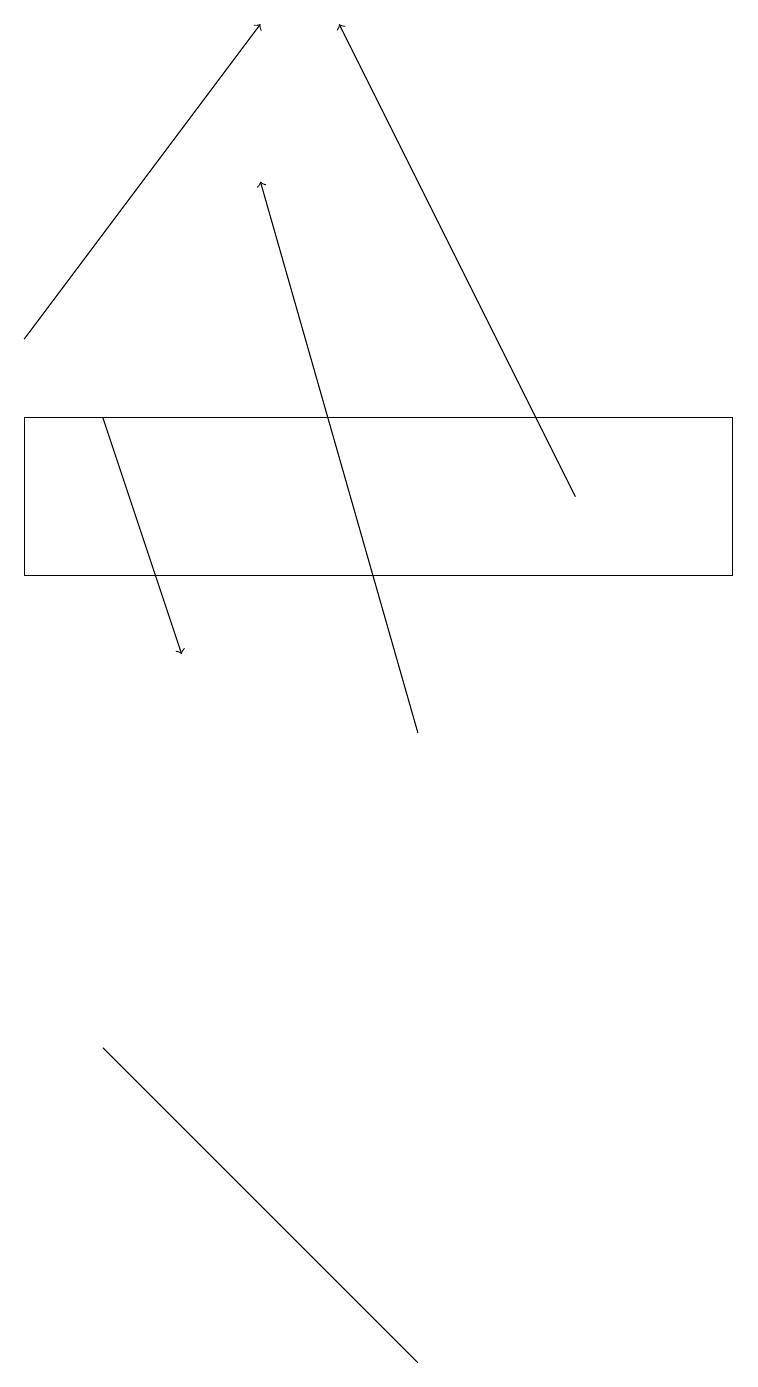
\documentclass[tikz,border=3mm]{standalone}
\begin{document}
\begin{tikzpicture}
\draw (0,12) rectangle (9,14);
\draw[->] (1,14) -- (2,11);
\draw (3,4) -- (5,2) -- (1,6) -- cycle;
\draw[->] (5,10) -- (3,17);
\draw[->] (7,13) -- (4,19);
\draw[->] (0,15) -- (3,19);
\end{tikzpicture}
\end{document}